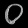
Digit: ၀